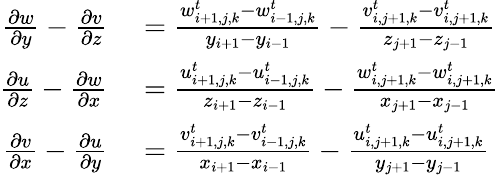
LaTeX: \begin{array}{rl}{\frac{\partial w}{\partial y}-\frac{\partial v}{\partial z}}&{{}=\frac{w_{i+1,j,k}^{t}-w_{i-1,j,k}^{t}}{y_{i+1}-y_{i-1}}-\frac{v_{i,j+1,k}^{t}-v_{i,j+1,k}^{t}}{z_{j+1}-z_{j-1}}}\\ {\frac{\partial u}{\partial z}-\frac{\partial w}{\partial x}}&{{}=\frac{u_{i+1,j,k}^{t}-u_{i-1,j,k}^{t}}{z_{i+1}-z_{i-1}}-\frac{w_{i,j+1,k}^{t}-w_{i,j+1,k}^{t}}{x_{j+1}-x_{j-1}}}\\ {\frac{\partial v}{\partial x}-\frac{\partial u}{\partial y}}&{{}=\frac{v_{i+1,j,k}^{t}-v_{i-1,j,k}^{t}}{x_{i+1}-x_{i-1}}-\frac{u_{i,j+1,k}^{t}-u_{i,j+1,k}^{t}}{y_{j+1}-y_{j-1}}}\end{array}